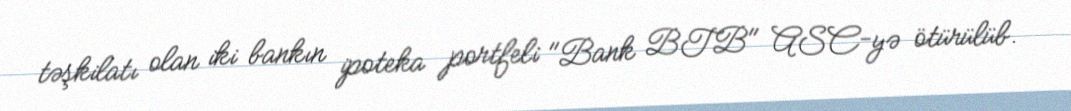
təşkilatı olan iki bankın ipoteka portfeli "Bank BTB" ASC-yə ötürülüb.